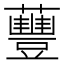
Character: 蘴